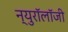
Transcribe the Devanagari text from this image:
न्युरॉलॉजी